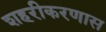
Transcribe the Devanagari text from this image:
शहरीकरणास